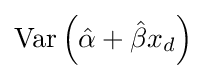
\operatorname {Var} \left({\hat {\alpha }}+{\hat {\beta }}x_{d}\right)